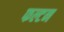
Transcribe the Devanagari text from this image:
फल्टन